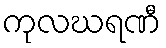
ကုလဃရဏီ